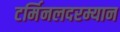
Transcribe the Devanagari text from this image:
टर्मिनलदरम्यान